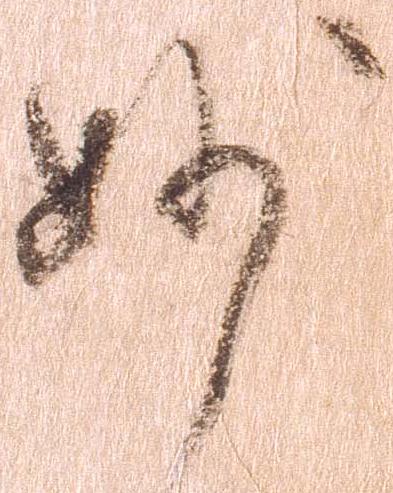
妙